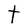
Character: t